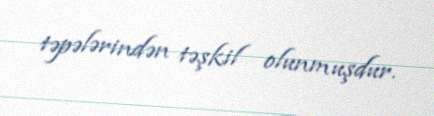
təpələrindən təşkil olunmuşdur.